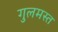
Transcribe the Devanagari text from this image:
गुलमस्त